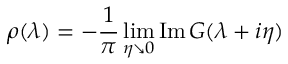
\rho ( \lambda ) = - \frac { 1 } { \pi } \operatorname * { l i m } _ { \eta \searrow 0 } \mathrm { I m } \, G ( \lambda + i \eta )